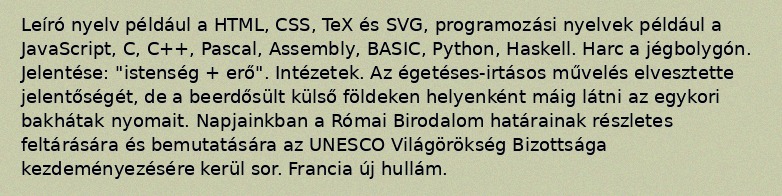
Leíró nyelv például a HTML, CSS, TeX és SVG, programozási nyelvek például a JavaScript, C, C++, Pascal, Assembly, BASIC, Python, Haskell. Harc a jégbolygón. Jelentése: "istenség + erő". Intézetek. Az égetéses-irtásos művelés elvesztette jelentőségét, de a beerdősült külső földeken helyenként máig látni az egykori bakhátak nyomait. Napjainkban a Római Birodalom határainak részletes feltárására és bemutatására az UNESCO Világörökség Bizottsága kezdeményezésére kerül sor. Francia új hullám.